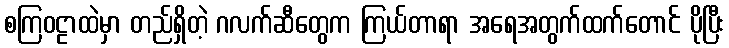
စကြဝဠာထဲမှာ တည်ရှိတဲ့ ဂလက်ဆီတွေက ကြယ်တာရာ အရေအတွက်ထက်တောင် ပိုပြီး